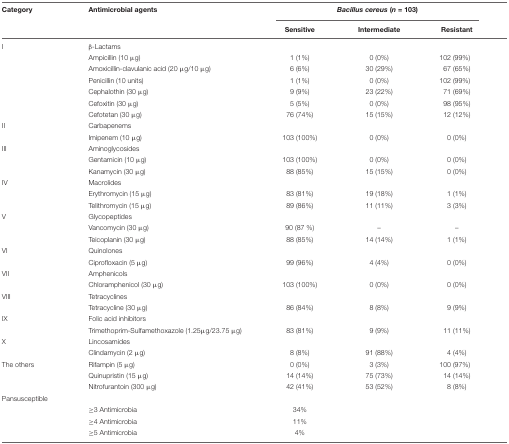
<table><thead><tr><td><b>Category</b></td><td><b>Antimicrobial agents</b></td><td colspan="3"><b><i>Bacillus cereus</i> (<i>n</i> = 103)</b></td></tr><tr><td></td><td></td><td><b>Sensitive</b></td><td><b>Intermediate</b></td><td><b>Resistant</b></td></tr></thead><tbody><tr><td>I</td><td>β-Lactams</td><td></td><td></td><td></td></tr><tr><td></td><td>Ampicillin (10 μg)</td><td>1 (1%)</td><td>0 (0%)</td><td>102 (99%)</td></tr><tr><td></td><td>Amoxicillin-clavulanic acid (20 μg/10 μg)</td><td>6 (6%)</td><td>30 (29%)</td><td>67 (65%)</td></tr><tr><td></td><td>Penicillin (10 units)</td><td>1 (1%)</td><td>0 (0%)</td><td>102 (99%)</td></tr><tr><td></td><td>Cephalothin (30 μg)</td><td>9 (9%)</td><td>23 (22%)</td><td>71 (69%)</td></tr><tr><td></td><td>Cefoxitin (30 μg)</td><td>5 (5%)</td><td>0 (0%)</td><td>98 (95%)</td></tr><tr><td></td><td>Cefotetan (30 μg)</td><td>76 (74%)</td><td>15 (15%)</td><td>12 (12%)</td></tr><tr><td>II</td><td>Carbapenems</td><td></td><td></td><td></td></tr><tr><td></td><td>Imipenem (10 μg)</td><td>103 (100%)</td><td>0 (0%)</td><td>0 (0%)</td></tr><tr><td>III</td><td>Aminoglycosides</td><td></td><td></td><td></td></tr><tr><td></td><td>Gentamicin (10 μg)</td><td>103 (100%)</td><td>0 (0%)</td><td>0 (0%)</td></tr><tr><td></td><td>Kanamycin (30 μg)</td><td>88 (85%)</td><td>15 (15%)</td><td>0 (0%)</td></tr><tr><td>IV</td><td>Macrolides</td><td></td><td></td><td></td></tr><tr><td></td><td>Erythromycin (15 μg)</td><td>83 (81%)</td><td>19 (18%)</td><td>1 (1%)</td></tr><tr><td></td><td>Telithromycin (15 μg)</td><td>89 (86%)</td><td>11 (11%)</td><td>3 (3%)</td></tr><tr><td>V</td><td>Glycopeptides</td><td></td><td></td><td></td></tr><tr><td></td><td>Vancomycin (30 μg)</td><td>90 (87 %)</td><td>–</td><td>–</td></tr><tr><td></td><td>Teicoplanin (30 μg)</td><td>88 (85%)</td><td>14 (14%)</td><td>1 (1%)</td></tr><tr><td>VI</td><td>Quinolones</td><td></td><td></td><td></td></tr><tr><td></td><td>Ciprofloxacin (5 μg)</td><td>99 (96%)</td><td>4 (4%)</td><td>0 (0%)</td></tr><tr><td>VII</td><td>Amphenicols</td><td></td><td></td><td></td></tr><tr><td></td><td>Chloramphenicol (30 μg)</td><td>103 (100%)</td><td>0 (0%)</td><td>0 (0%)</td></tr><tr><td>VIII</td><td>Tetracyclines</td><td></td><td></td><td></td></tr><tr><td></td><td>Tetracycline (30 μg)</td><td>86 (84%)</td><td>8 (8%)</td><td>9 (9%)</td></tr><tr><td>IX</td><td>Folic acid inhibitors</td><td></td><td></td><td></td></tr><tr><td></td><td>Trimethoprim-Sulfamethoxazole (1.25μg/23.75 μg)</td><td>83 (81%)</td><td>9 (9%)</td><td>11 (11%)</td></tr><tr><td>X</td><td>Lincosamides</td><td></td><td></td><td></td></tr><tr><td></td><td>Clindamycin (2 μg)</td><td>8 (8%)</td><td>91 (88%)</td><td>4 (4%)</td></tr><tr><td>The others</td><td>Rifampin (5 μg)</td><td>0 (0%)</td><td>3 (3%)</td><td>100 (97%)</td></tr><tr><td></td><td>Quinupristin (15 μg)</td><td>14 (14%)</td><td>75 (73%)</td><td>14 (14%)</td></tr><tr><td></td><td>Nitrofurantoin (300 μg)</td><td>42 (41%)</td><td>53 (52%)</td><td>8 (8%)</td></tr><tr><td>Pansusceptible</td><td></td><td></td><td></td><td></td></tr><tr><td></td><td>≥3 Antimicrobia</td><td>34%</td><td></td><td></td></tr><tr><td></td><td>≥4 Antimicrobia</td><td>11%</td><td></td><td></td></tr><tr><td></td><td>≥5 Antimicrobia</td><td>4%</td><td></td><td></td></tr></tbody></table>